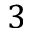
3